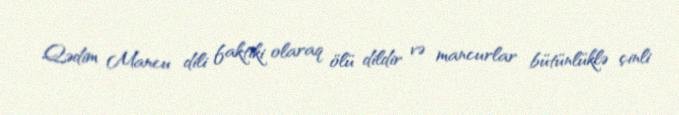
Qədim Mancu dili faktiki olaraq ölü dildir və mancurlar bütünlüklə çinli